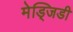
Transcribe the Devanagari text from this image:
मेड्जिडी